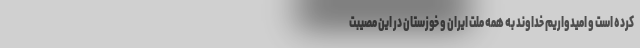
کرده است و امیدواریم خداوند به همه ملت ایران و خوزستان در این مصیبت